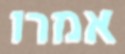
אמרו